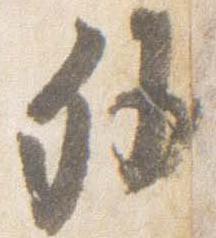
外